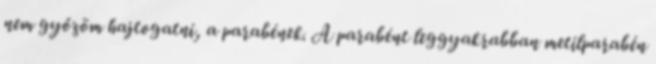
nem győzöm hajtogatni, a parabének. A parabént leggyakrabban metilparabén